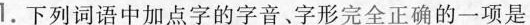
1.下列词语中加点字的字音、字形完全正确的一项是